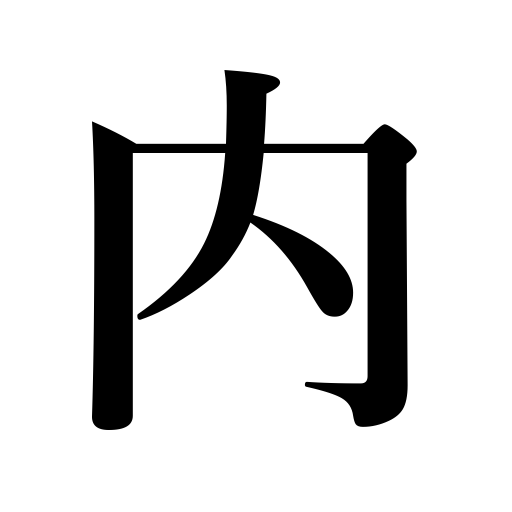
Meanings: within the scope of,house,mind,inside,within,home,among,interior,inner,between,myself,out of